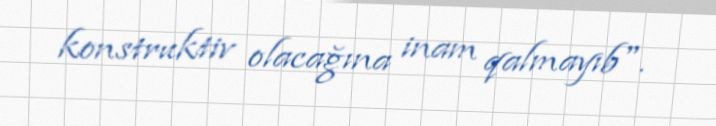
konstruktiv olacağına inam qalmayıb".